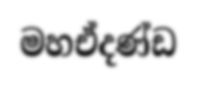
මහඒදණ්ඩ